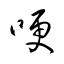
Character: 哽